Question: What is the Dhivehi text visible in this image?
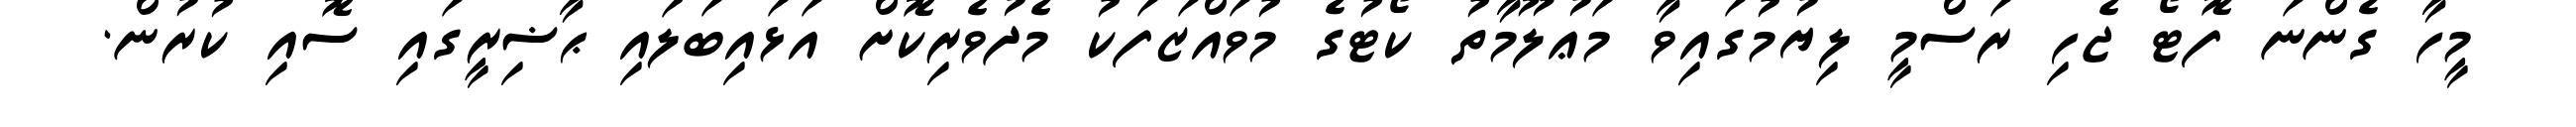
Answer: މީހާ ގެންނަ ފޮޓޯ ޖެހި ރަސްމީ ލިޔުމުގައިވާ މަޢުލޫމާތު ކޯޓުގެ މުވައްޒަފަކު މެދުވެރިކޮށް އަޅައިބަލައި ޙާޟިރީގައި ސޮއި ކުރުން.